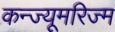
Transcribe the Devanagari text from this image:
कन्ज्यूमरिज्म